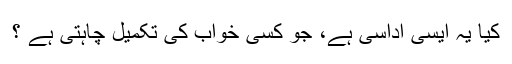
کیا یہ ایسی اداسی ہے، جو کسی خواب کی تکمیل چاہتی ہے ؟